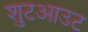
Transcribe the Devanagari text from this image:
शुटआउट